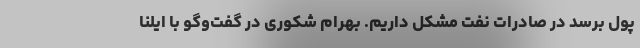
پول برسد در صادرات نفت مشکل داریم. بهرام شکوری در گفت‌وگو با ایلنا